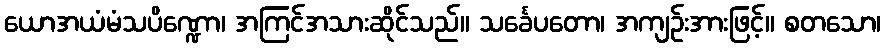
ယောအယံမံသပိဏ္ဍော၊ အကြင်အသားဆိုင်သည်။ သင်္ခေပတော၊ အကျဉ်းအားဖြင့်။ စတသော၊